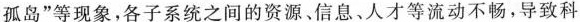
孤岛”等现象，各子系统之间的资源、信息、人才等流动不畅，导致科